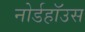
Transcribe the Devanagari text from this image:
नोर्डहॉउस